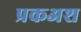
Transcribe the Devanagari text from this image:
प्रकअश